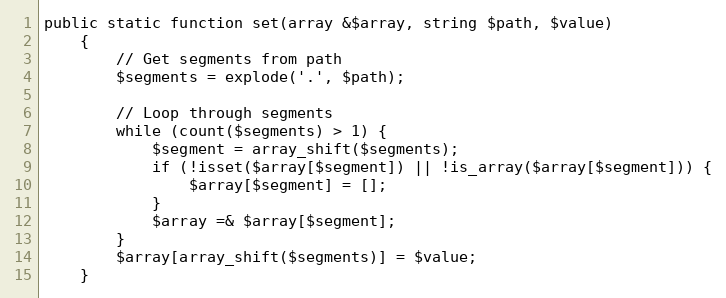
Language: PHP
public static function set(array &$array, string $path, $value)
    {
        // Get segments from path
        $segments = explode('.', $path);

        // Loop through segments
        while (count($segments) > 1) {
            $segment = array_shift($segments);
            if (!isset($array[$segment]) || !is_array($array[$segment])) {
                $array[$segment] = [];
            }
            $array =& $array[$segment];
        }
        $array[array_shift($segments)] = $value;
    }